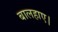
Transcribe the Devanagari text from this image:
बालहाए।